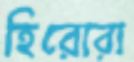
হিরোরা